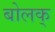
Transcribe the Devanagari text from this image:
बोलक्